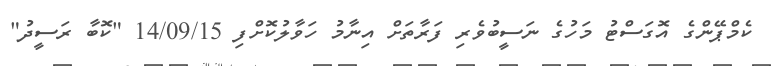
ކެމްޕޭންގެ އޮގަސްޓު މަހުގެ ނަސީބުވެރި ފަރާތަށް އިނާމު ހަވާލުކޮށްފި 14/09/15 "ކޮބާ ރަސީދު"